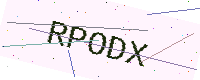
Text: RPODX